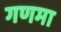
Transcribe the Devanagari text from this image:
गणमा